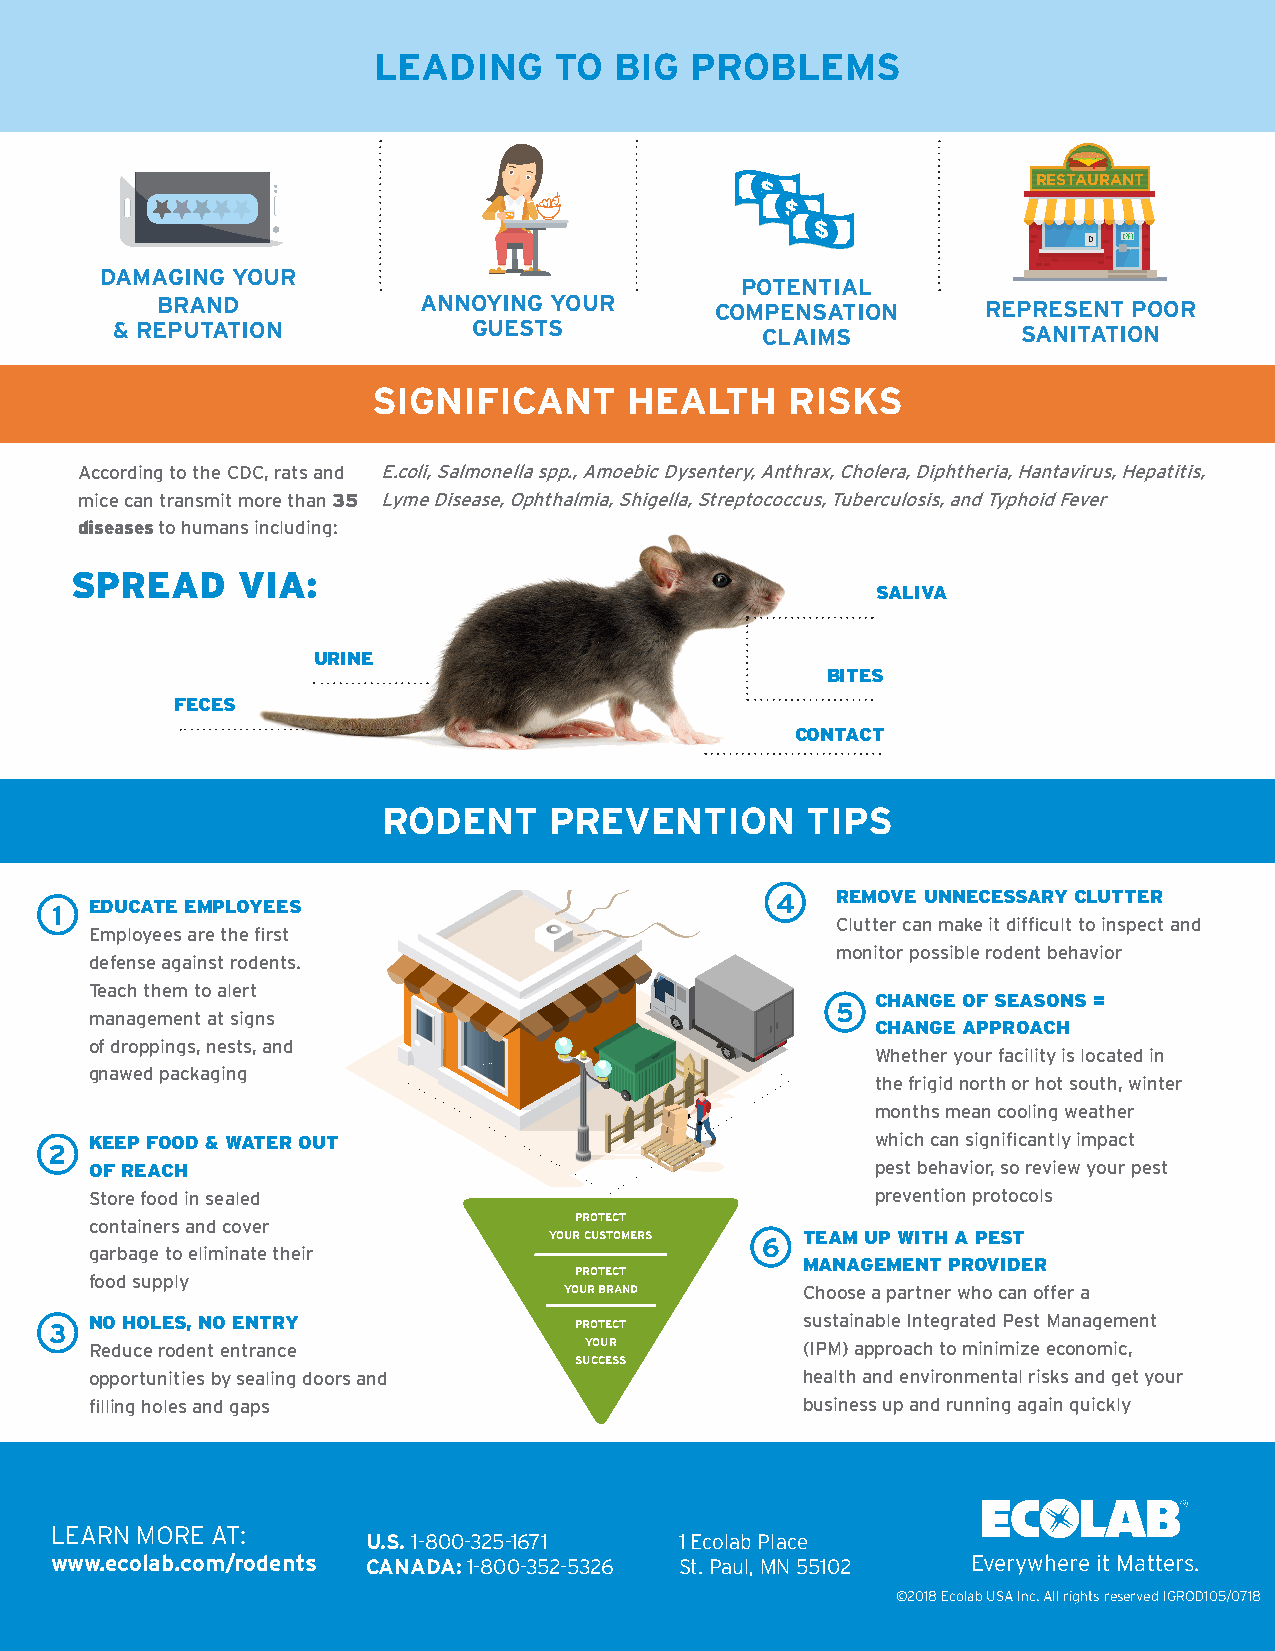
LEADING     TO  BIG  PROBLEMS
 RESTAURANT
 D
 DAMAGING YOUR
 POTENTIAL
 BRAND             ANNOYING YOUR      COMPENSATION      REPRESENT POOR
 & REPUTATION           GUESTS             CLAIMS            SANITATION
 SIGNIFICANT      HEALTH    RISKS
 According to the CDC, rats and E.coli, Salmonella spp., Amoebic Dysentery, Anthrax, Cholera, Diphtheria, Hantavirus, Hepatitis,
 mice can transmit more than 35 Lyme Disease, Ophthalmia, Shigella, Streptococcus, Tuberculosis, and Typhoid Fever
 diseases to humans including:
 SPREAD     VIA:
 SALIVA
 URINE
 BITES
 FECES
 CONTACT
 RODENT     PREVENTION       TIPS
 EDUCATE EMPLOYEES                            4   REMOVE UNNECESSARY CLUTTER
 1
 Clutter can make it difficult to inspect and
 Employees are the first
 monitor possible rodent behavior
 defense against rodents.
 Teach them to alert
 CHANGE OF SEASONS =
 5
 management at signs
 CHANGE APPROACH
 of droppings, nests, and
 Whether your facility is located in
 gnawed packaging
 the frigid north or hot south, winter
 months mean cooling weather
 KEEP FOOD & WATER OUT                               which can significantly impact
 2
 OF REACH                                            pest behavior, so review your pest
 Store food in sealed                                prevention protocols
 containers and cover            PROTECT
 YOUR CUSTOMERS 6 TEAM UP WITH A PEST
 garbage to eliminate their
 MANAGEMENT PROVIDER
 PROTECT
 food supply
 YOUR BRAND      Choose a partner who can offer a
 3  NO HOLES, NO ENTRY              PROTECT        sustainable Integrated Pest Management
 Reduce rodent entrance           YOUR          (IPM) approach to minimize economic,
 SUCCESS
 opportunities by sealing doors and             health and environmental risks and get your
 filling holes and gaps                         business up and running again quickly
 LEARN MORE AT:
 U.S. 1-800-325-1671  1 Ecolab Place
 www.ecolab.com/rodents CANADA: 1-800-352-5326 St. Paul, MN 55102 Everywhere it Matters.
 ©2018 Ecolab USA Inc. All rights reserved IGROD105/0718